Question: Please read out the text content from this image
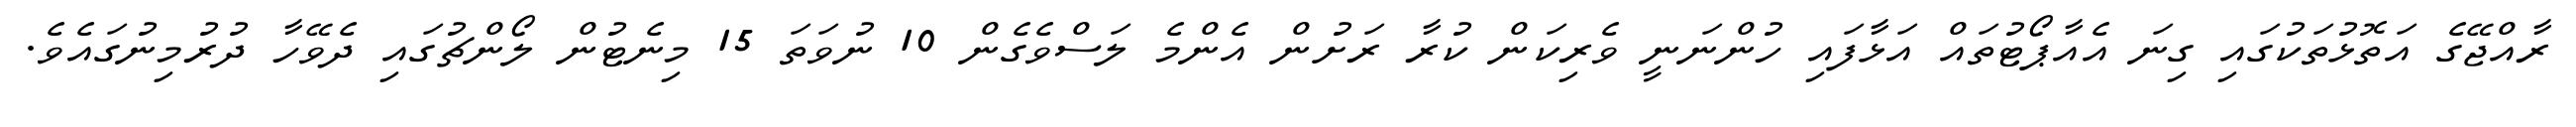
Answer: ރާއްޖޭގެ އަތޮޅުތަކުގައި ގިނަ އެއާޕޯޓުތައް އަޅާފައި ހުންނަނީ ވެރިކަން ކުރާ ރަށުން އެންމެ ލަސްވެގެން 10 ނުވަތަ 15 މިނެޓުން ލޯންޗުގައި ދެވޭހާ ދުރުމިނުގައެވެ.